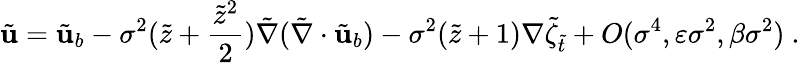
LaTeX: \tilde{\mathbf{u}}=\tilde{\mathbf{u}}_{b}-\sigma^{2}(\tilde{z}+\frac{\tilde{z}^{2}}{2})\tilde{\nabla}(\tilde{\nabla}\cdot\tilde{\mathbf{u}}_{b})-\sigma^{2}(\tilde{z}+1)\nabla\tilde{\zeta}_{\tilde{t}}+O(\sigma^{4},\varepsilon\sigma^{2},\beta\sigma^{2})\ .